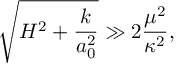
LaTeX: \sqrt { H ^ { 2 } + \frac { k } { a _ { 0 } ^ { 2 } } } \gg 2 \frac { \mu ^ { 2 } } { \kappa ^ { 2 } } ,